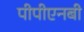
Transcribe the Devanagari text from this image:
पीपीएनबी